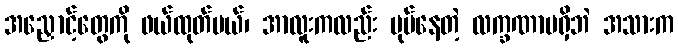
အညှောင့်တွေကို ဖယ်ထုတ်မယ်၊ အာလူးကလည်း ပုပ်နေတဲ့ လက္ခဏာမရှိဘဲ အသားက